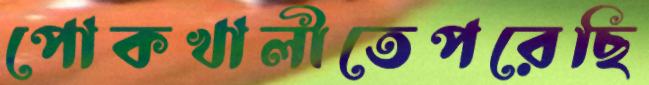
পোকখালীতেপরেছি